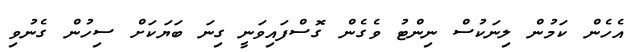
އެހެން ކަމުން ލިނަކުސް ނިންޓު ވެގެން ގޮސްފައިވަނީ ގިނަ ބަޔަކަށް ސިހުން ގެނުވި